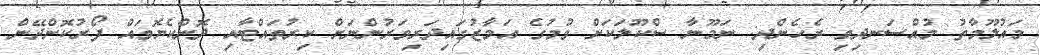
މައުލޫމާތު މުއްސަނދިވި ރެހެންދި: ނަމޫނާ ސްކޫލަކަށް ވުމުގެ އަމާޒުގައިދަރިވަރުންނަށް ކިރުތައްޓާއި ދޮންކެޔޮވައް ފޯރުކޮށްދޭން